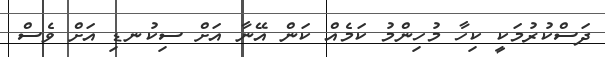
ދަސްކުރުމަކީ ކިހާ މުހިންމު ކަމެއް ކަން އޭނާ އަށް ސިކުނޑި އަށް ވެސް